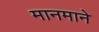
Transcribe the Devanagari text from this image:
मानमाने